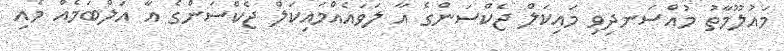
މައުލޫމާތު މުއްސަނދިވި މައިކަލް ޖެކްސަންގެ އާ ލަވައެއްމައިކަލް ޖެކްސަންގެ އާ އަލްބަމެއް މެއި